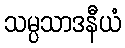
သမ္ပသာဒနီယံ